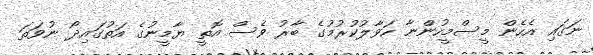
ނަގައި އެހެން މީސްމީހުންނާ ހަވާލުކުރުމުގެ ބާރު ވެސް އޮތީ ޔާމީނުގެ އަތުގައިދޯ ނުވަތަ